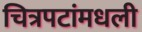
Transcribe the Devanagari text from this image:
चित्रपटांमधली